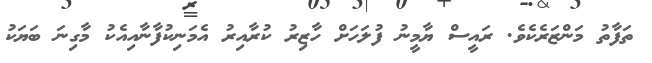
ތަފާތު މަންޒަރެކެވެ. ރައީސް ޔާމީނު ފުލަހަށް ހާޒިރު ކުރާއިރު އެމަނިކުފާނާއިއެކު މާގިނަ ބަޔަކު